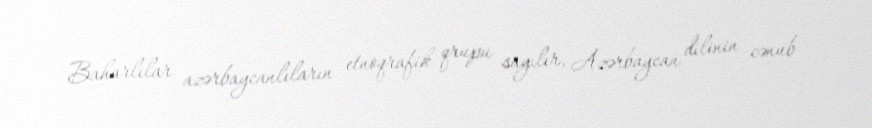
Baharlılar azərbaycanlıların etnoqrafik qrupu sayılır, Azərbaycan dilinin cənub